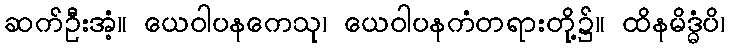
ဆက်ဦးအံ့။ ယေဝါပနကေသု၊ ယေဝါပနကံတရားတို့၌။ ထိနမိဒ္ဓံပိ၊